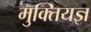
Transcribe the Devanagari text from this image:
मुक्तियज्ञ